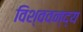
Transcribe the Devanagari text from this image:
विश्ववन्द्य